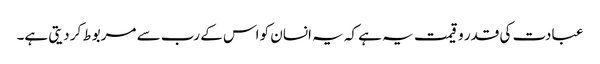
عبادت کی قدر و قیمت یہ ہے کہ یہ انسان کو اس کے رب سے مربوط کر دیتی ہے۔